Indian journal of veterinary science and animal husbandry - Volume 13,
Year: 1943
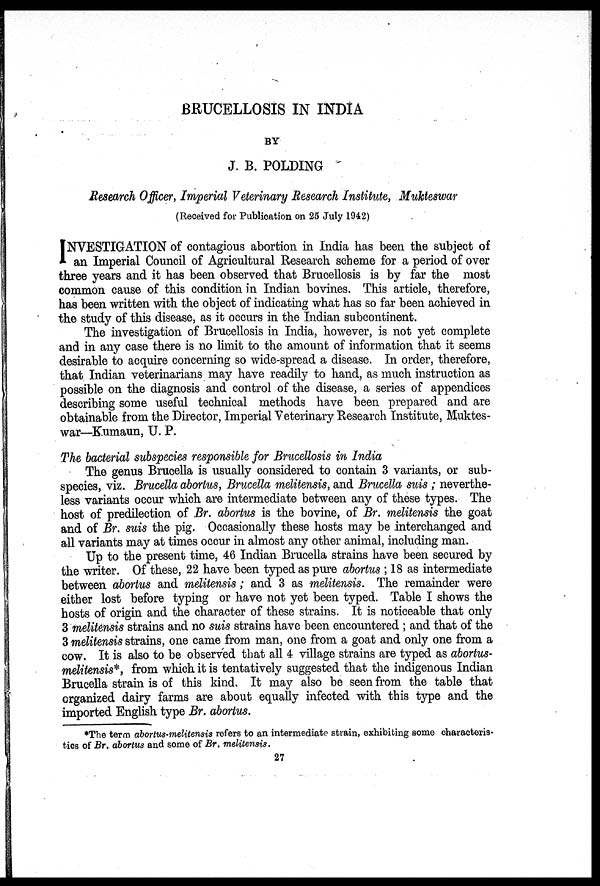
BRUCELLOSIS IN INDIA
BY
J. B. POLDING
Research Officer, Imperial Veterinary Research Institute, Mukteswar
(Received for Publication on 25 July 1942)
I NVESTIGATION of contagious abortion in India has been the subject of
an Imperial Council of Agricultural Research scheme for a period of over
three years and it has been observed that Brucellosis is by far the most
common cause of this condition in Indian bovines. This article, therefore,
has been written with the object of indicating what has so far been achieved in
the study of this disease, as it occurs in the Indian subcontinent.
The investigation of Brucellosis in India, however, is not yet complete
and in any case there is no limit to the amount of information that it seems
desirable to acquire concerning so wide-spread a disease. In order, therefore,
that Indian veterinarians may have readily to hand, as much instruction as
possible on the diagnosis and control of the disease, a series of appendices
describing some useful technical methods have been prepared and are
obtainable from the Director, Imperial Veterinary Research Institute, Muktes-
war—Kumaun, U. P.
The bacterial subspecies responsible for Brucellosis in India
The genus Brucella is usually considered to contain 3 variants, or sub-
species, viz. Brucella abortus, Brucella melitensis, and Brucella suis ; neverthe-
less variants occur which are intermediate between any of these types. The
host of predilection of Br. abortus is the bovine, of Br. melitensis the goat
and of Br. suis the pig. Occasionally these hosts may be interchanged and
all variants may at times occur in almost any other animal, including man.
Up to the present time, 46 Indian Brucella strains have been secured by
the writer. Of these, 22 have been typed as pure abortus ; 18 as intermediate
between abortus and melitensis; and 3 as melitensis. The remainder were
either lost before typing or have not yet been typed. Table I shows the
hosts of origin and the character of these strains. It is noticeable that only
3 melitensis strains and no suis strains have been encountered ; and that of the
3 melitensis strains, one came from man, one from a goat and only one from a
cow. It is also to be observed that all 4 village strains are typed as abortus¬
melitensis*, from which it is tentatively suggested that the indigenous Indian
Brucella strain is of this kind. It may also be seen from the table that
organized dairy farms are about equally infected with this type and the
imported English type Br. abortus.
*The term dborlus-melitensis refers to an intermediate strain, exhibiting some characteris-
tics of Br. abortus and some of Br. melitensis.
27